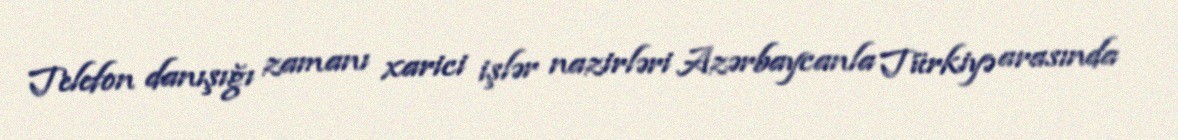
Telefon danışığı zamanı xarici işlər nazirləri Azərbaycanla Türkiyə arasında